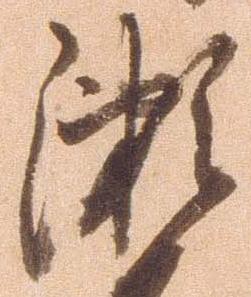
瀬